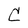
Character: C